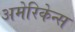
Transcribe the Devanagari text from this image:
अमेरिकेन्स